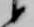
候